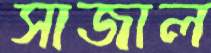
সাজাল